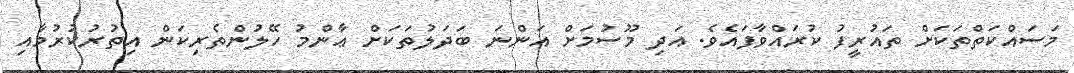
މަސައްކަތްތަކަށް ތައުރީފު ކުރައްވާފައެވެ. އަދި މޫސުމަށް އަންނަ ބަދަލުތަކަށް ޢާންމު ހޭލުންތެރިކަން އިތުރުކުރުމާއި